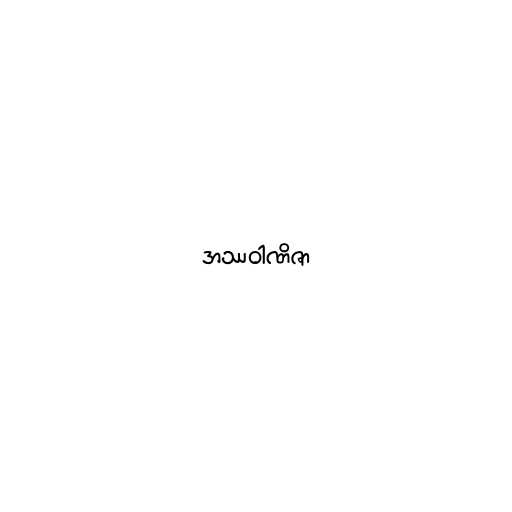
အဿဝါဏိဇာ